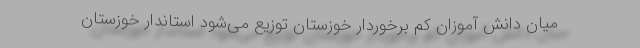
میان دانش آموزان کم برخوردار خوزستان توزیع می‌شود استاندار خوزستان